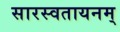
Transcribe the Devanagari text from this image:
सारस्वतायनम्